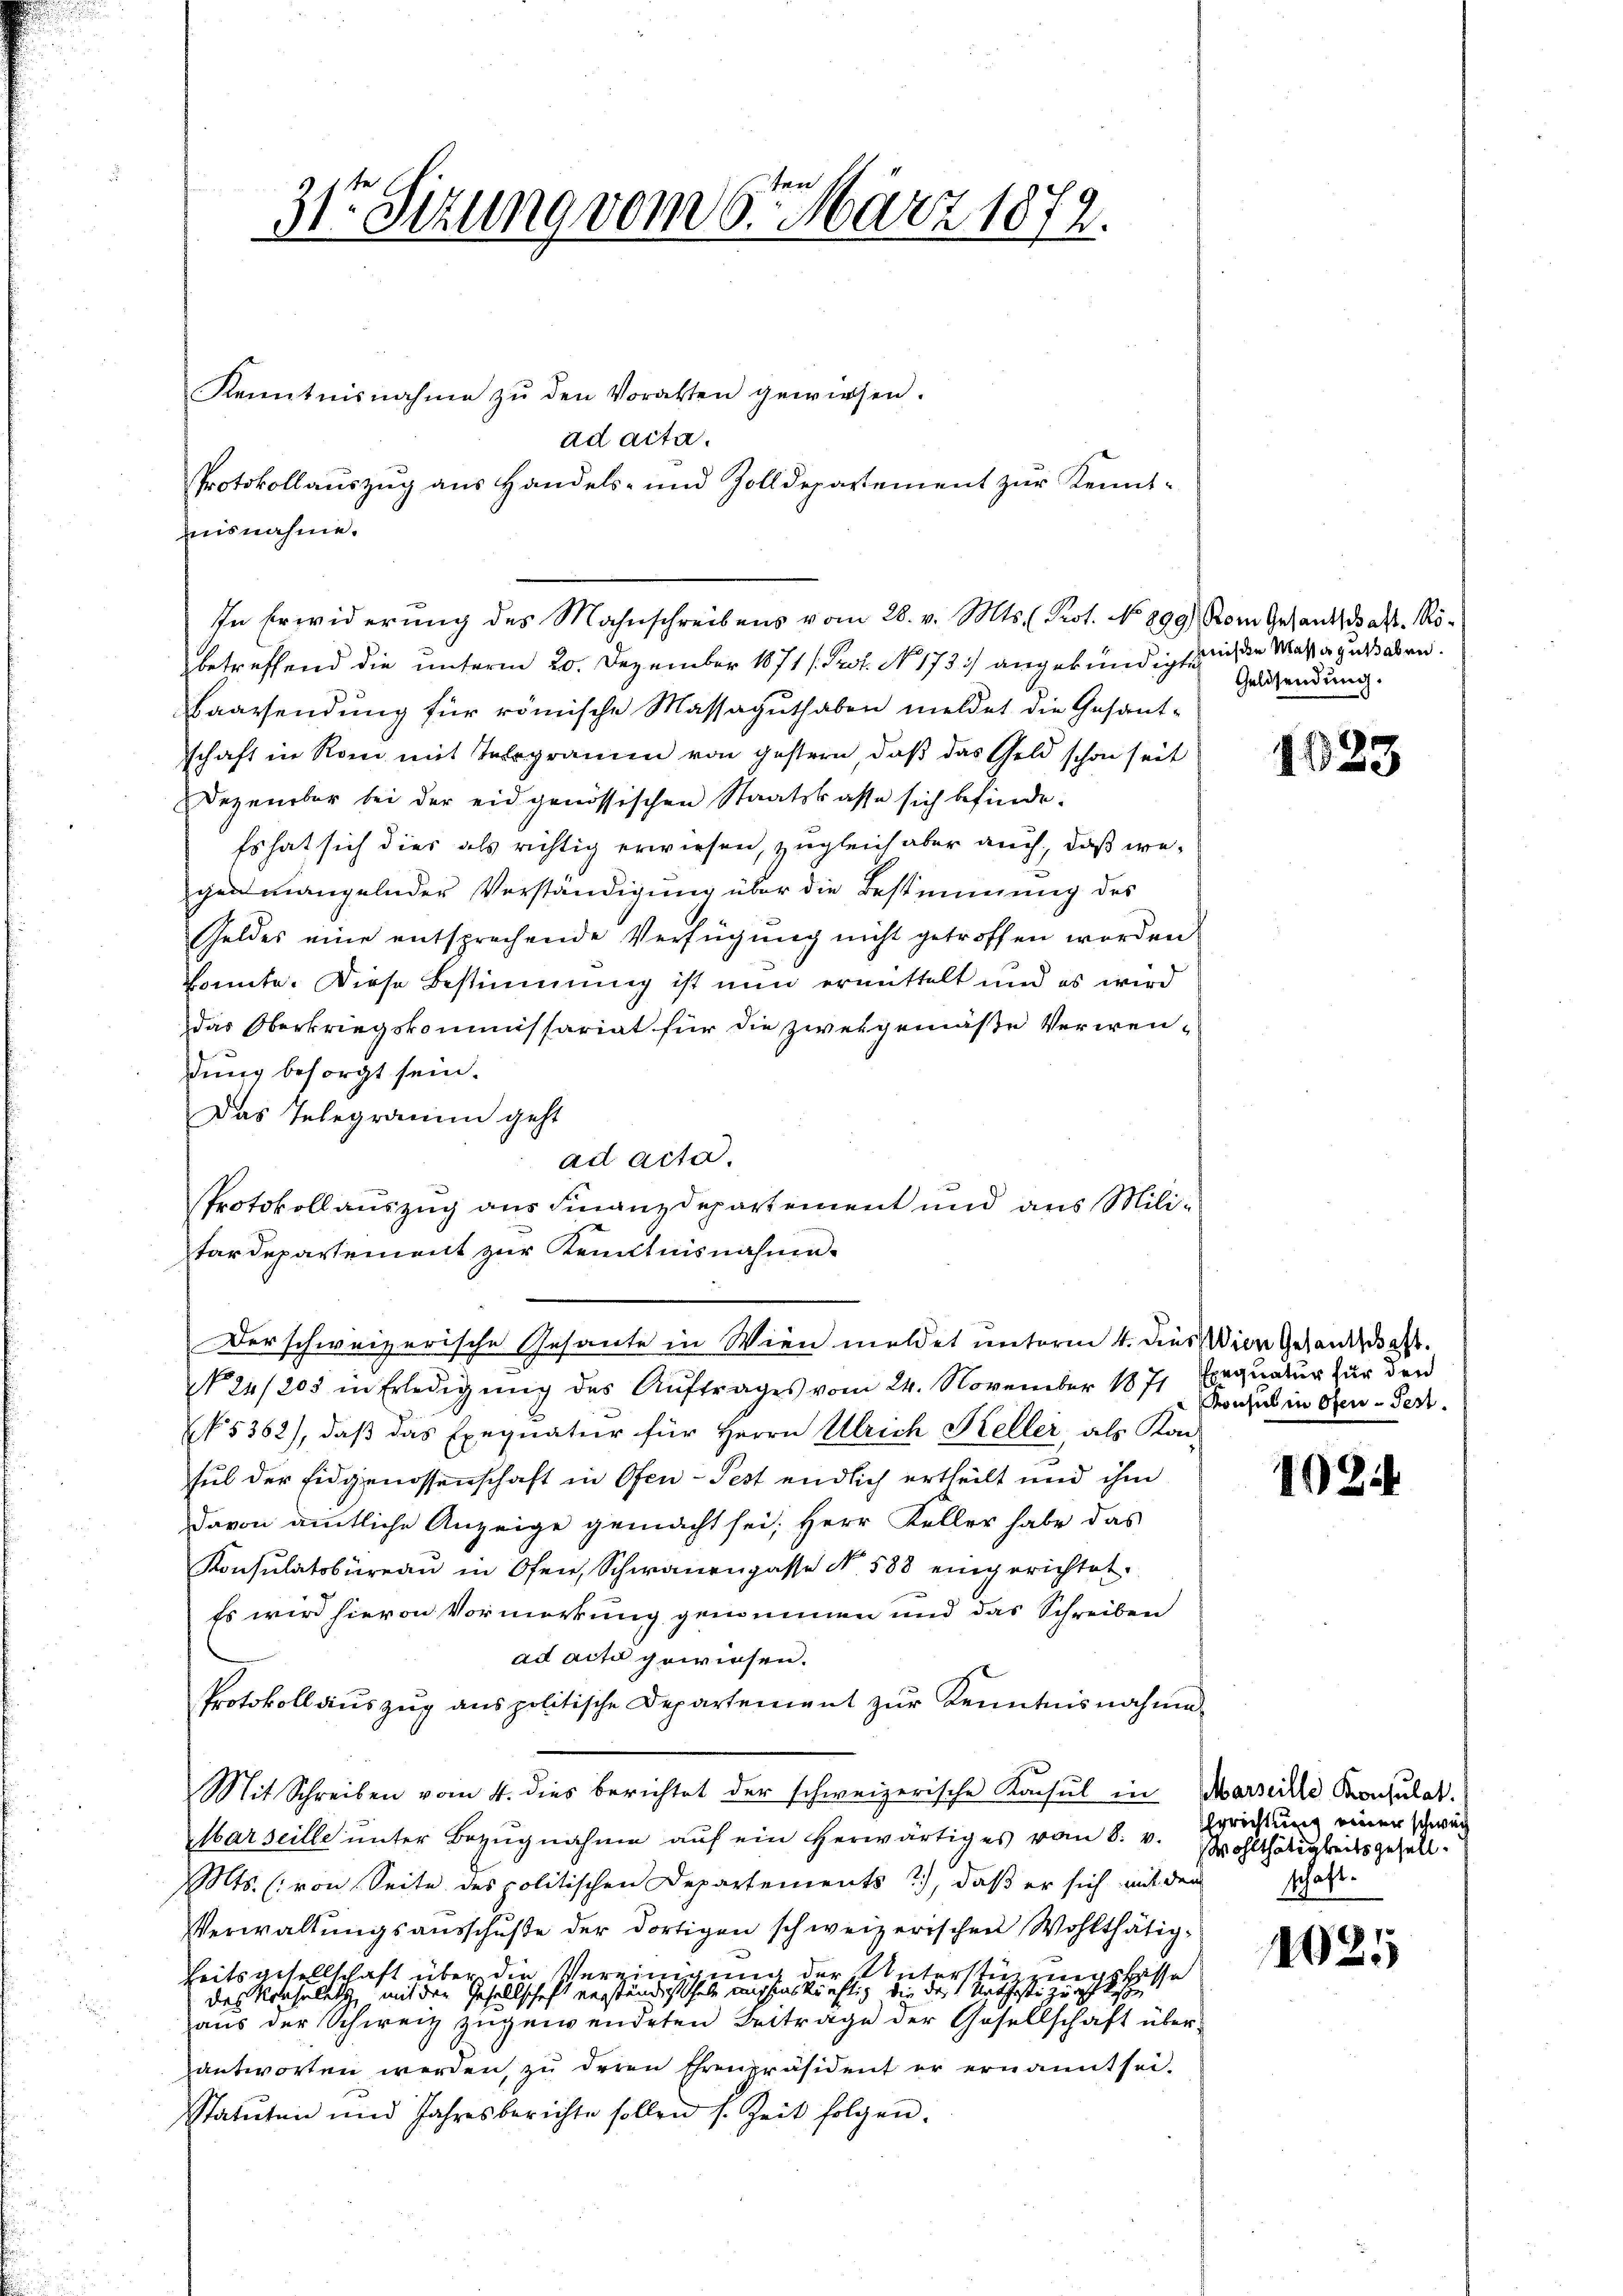
isnahme.

31te Sitzung vom 6. März 1872.

Kenntnisnahme zŭ den Vorakten gewiesen.
Protokollauszug aus Handels- und Zolldepartement zur Kennt¬
In Erwiderung des Mahnschreibens vom 28. v. Mts. Prot. No 899.
betreffend die unterm 20. Dezember 1871 /: Prof. No. 173) angekündigte ich die Massa zustaben.
Baarsendung für römische Massaguthaben meldet die Gesant-
schaft in Rom mit Telegramm von gestern, daß das Geld schon seit
Dezember bei der eidgenössischen Staatskasse sich befinde.
Es hat sich dies als richtig erwiesen, zugleich aber auch, daß wegenmangelnder Verständigung über die Bestimmung des
Geldes eine entsprechende Verfügung nicht getroffen worden
konnte. Diese Bestimmung ist nun ermittelt und es wird
das Oberkriegskommissariat für die zwekgemäße Verwen-
dung besorgt sein.
Das Telegramm geht
ad acta.
Protokollauszug aus Finanzdepartement und aus Militärdepartement zur Kenntnisnahme.
Der schweizerische Gesante in Wien meldet unterm 4. dies Wien Gesandschaft.
No͇ 24/205 in Erledigŭng des Aŭftrages vom 24. November 1871 Exequatur für den
N 5362), daß das Exequatur für Herrn Ulrich Keller, als Kan-
sul der Eidgenossenschaft in Ofen-Pest endlich ertheilt und ihm
davon amtliche Anzeige gemacht sei; Herr Keller habe das
Konsulatobüreaŭ in Ofen, Schwanenpasse No. 588 eingerichtet.
Es wird hievon Vormerkung genommen und das Schreiben
ad acta gewiesen.
Protokollauszug aus politische Departement zur Kenntnisnahme
Mit Schreiben vom 4. dies berichtet der schweizerische Konsul in Marseille Konsulat
Marseille unter Bezugnahme auf ein herwärtiges vom 8. v. Sprichtung einer schwarz
Mts. (von Seite des politischen Departements 2), daß er sich mit den schaft-
Verwaltungsausschuße der dortigen schweizerischen Wohlthätig¬
Leitsgesellschaft über die Vereinigung der Unterstützungsbesse
2
das Konsulat, mit den Gesellschaft verständigt habe michinskünftig, die das Urtheste zugeste
aus der Schweiz zugewendeten Beitrage der Gesellschaft überantworten werden, zu deren Ehrenpräsident er ernannt sei.
tatuten und Jahresberichte sollen s. Zeit folgen.

ad acta.

Rom Gesantschaft. Rö¬
Geldsendung.

1023

Konsul in Ofen-Fest.

1024

Wohlthätigkeitsgesell¬

1025